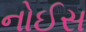
નોઈસ